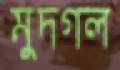
মুদগল